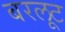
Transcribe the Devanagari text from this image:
बरलूट